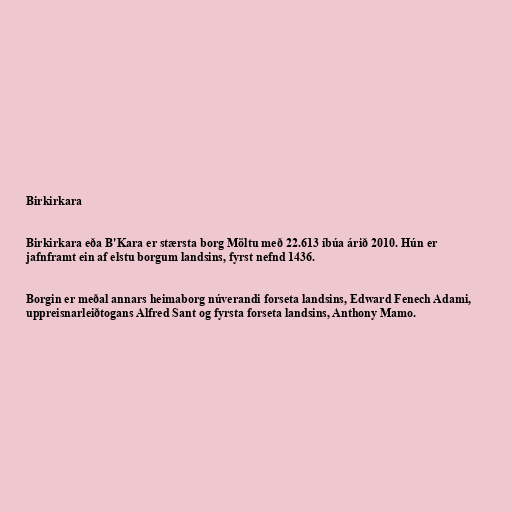
Birkirkara

Birkirkara eða B'Kara er stærsta borg Möltu með 22.613 íbúa árið 2010. Hún er
jafnframt ein af elstu borgum landsins, fyrst nefnd 1436.

Borgin er meðal annars heimaborg núverandi forseta landsins, Edward Fenech Adami,
uppreisnarleiðtogans Alfred Sant og fyrsta forseta landsins, Anthony Mamo.